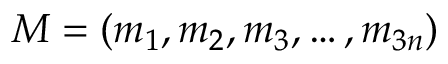
M = ( m _ { 1 } , m _ { 2 } , m _ { 3 } , \ldots , m _ { 3 n } )